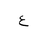
Letter: _ayn